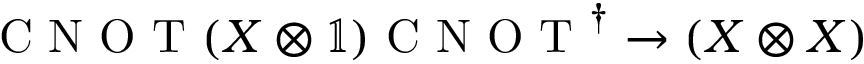
\mathrm { ~ C ~ N ~ O ~ T ~ } ( X \otimes \mathbb { 1 } ) \mathrm { ~ C ~ N ~ O ~ T ~ } ^ { \dagger } \to ( X \otimes X )